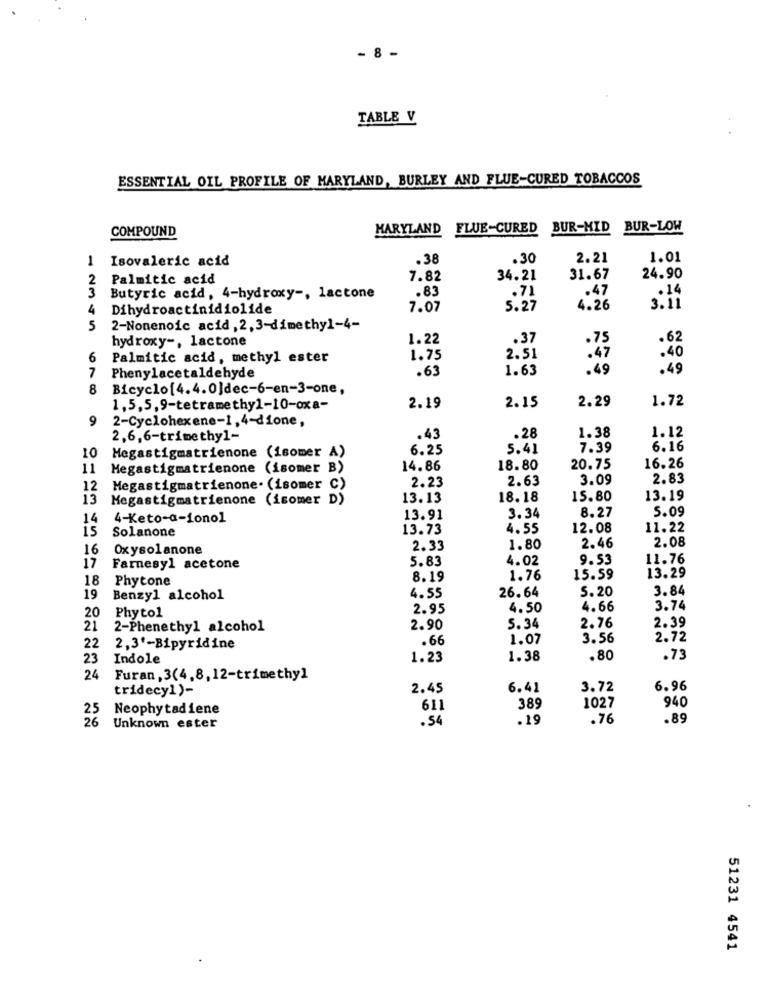
- 8 -
TABLE V
ESSENTIAL OIL PROFILE OF MARYLAND, BURLEY AND FLUE-CURED TOBACCOS
COMPOUND
MARYLAND
FLUE-CURED BUR-MID BUR-LOW
1 Isovaleric acid
.38
.30
2.21
1.01
2
Palmitic acid
7.82
34.21
31.67
24.90
3
.83
.71
.47
.14
Butyric acid, 4-hydroxy -, lactone
4
Dihydroactinidiolide
7.07
5.27
4.26
3.11
5
2-Nonenoic acid, 2, 3-dimethy1-4-
hydroxy -, lactone
1.22
.37
.62
6
Palmitic acid, methyl ester
1.75
2.51
.40
.63
1.63
.49
.49
7
Phenylacetaldehyde
8
Bicyclo[4.4.0]dec-6-en-3-one,
1.72
1,5,5,9-tetramethyl-10-oxa-
2.19
2.15
2.29
9
2-Cyclohexene-1, 4-dione,
2.6,6-trimethyl-
.43
.28
1.38
1.12
Megastigmatrienone (isomer A)
6.25
5.41
7.39
6.16
10
16.26
11
Megastigmatrienone (isomer B)
14.86
18.80
20.75
2.23
2.63
3.09
2.83
12
Megastigmatrienone. (isomer C)
13
Megastigmatrienone (isomer D)
13.13
18.18
15.80
13.19
3.34
8.27
5.09
14
4-Keto-a-ionol
13.91
15
Solanone
13.73
4.55
12.08
11.22
2.08
16
Oxysolanone
2.33
1.80
2.46
5.83
4.02
9.53
11.76
17
Farnesyl acetone
18 Phytone
8.19
1.76
15.59
13.29
26.64
5.20
3.84
19
Benzyl alcohol
4.55
Phyto1
2.95
4.50
4.66
3.74
20
2.39
21
2-Phenethyl alcohol
2.90
5.34
2.76
.66
1.07
3.56
2.72
22
2,3'-Bipyridine
23
Indole
1.23
1.38
.80
.73
24
Furan, 3(4,8, 12-trimethyl
tridecy1)-
2.45
6.41
3.72
6.96
940
25
Neophytadiene
611
389
1027
. 54
.19
.76
.89
26 Unknown ester
51231 4541